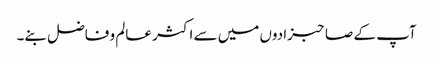
آپ کے صاحبزادوں میں سے اکثر عالم و فاضل بنے۔